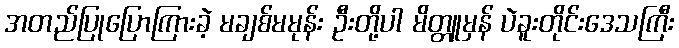
အတည်ပြုပြောကြားခဲ့ မချစ်မမုန်း ဦးတို့ပါ မိတ္တူမှန် ပဲခူးတိုင်းဒေသကြီး